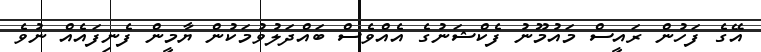
އޭގެ ފަހުން ރައީސް މައުމޫނު ފެކްޝަނުގެ އެއްވެސް ބައްދަލުވުމަކުން ޔާމީން ފެނިފައެއް ނުވެ